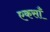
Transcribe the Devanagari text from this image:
एकसाँ